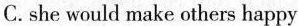
C. she would make others happy